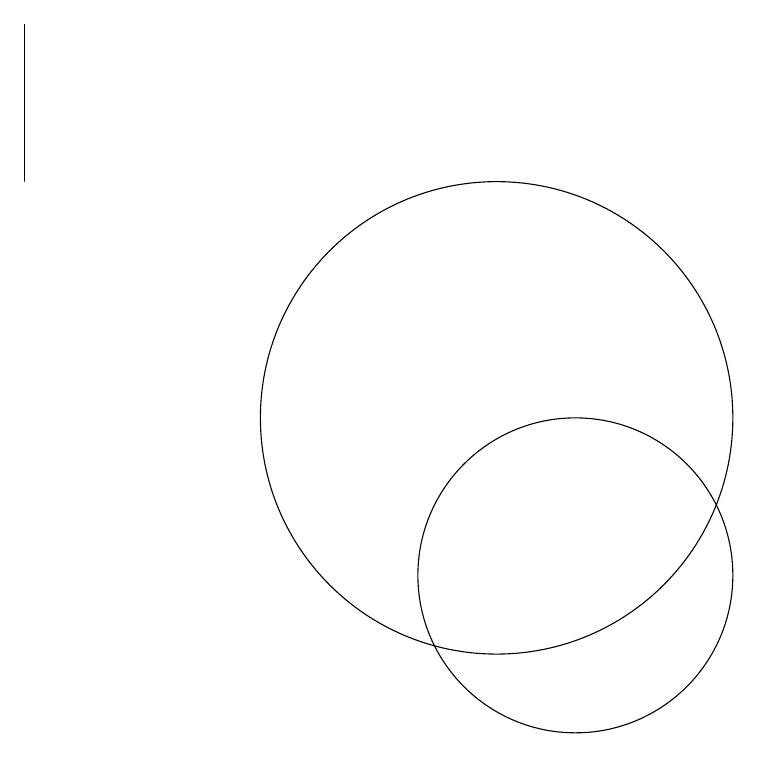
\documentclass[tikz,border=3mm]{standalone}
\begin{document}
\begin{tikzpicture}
\draw (10,12) circle (3);
\draw (11,10) circle (2);
\draw (4,15) rectangle (4,17);
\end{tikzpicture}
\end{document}